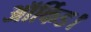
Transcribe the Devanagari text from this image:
ऑर्किड।